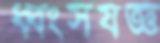
ধ্বংসযজ্ঞ